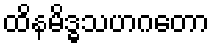
ထိနမိဒ္ဓသဟဂတော